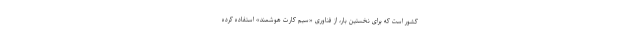
کشور است که برای نخستین بار، از فناوری «سیم کارت هوشمند» استفاده کرده